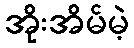
အိုးအိမ်မဲ့